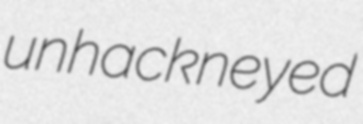
unhackneyed